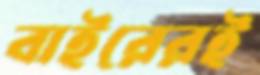
বাইরেরই